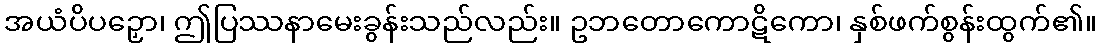
အယံပိပဉှော၊ ဤပြဿနာမေးခွန်းသည်လည်း။ ဥဘတောကောဋိကော၊ နှစ်ဖက်စွန်းထွက်၏။